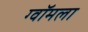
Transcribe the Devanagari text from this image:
ग्वॉमला